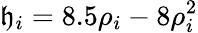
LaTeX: \mathfrak{h}_{i}=8.5\rho_{i}-8\rho_{i}^{2}